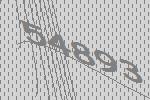
54893